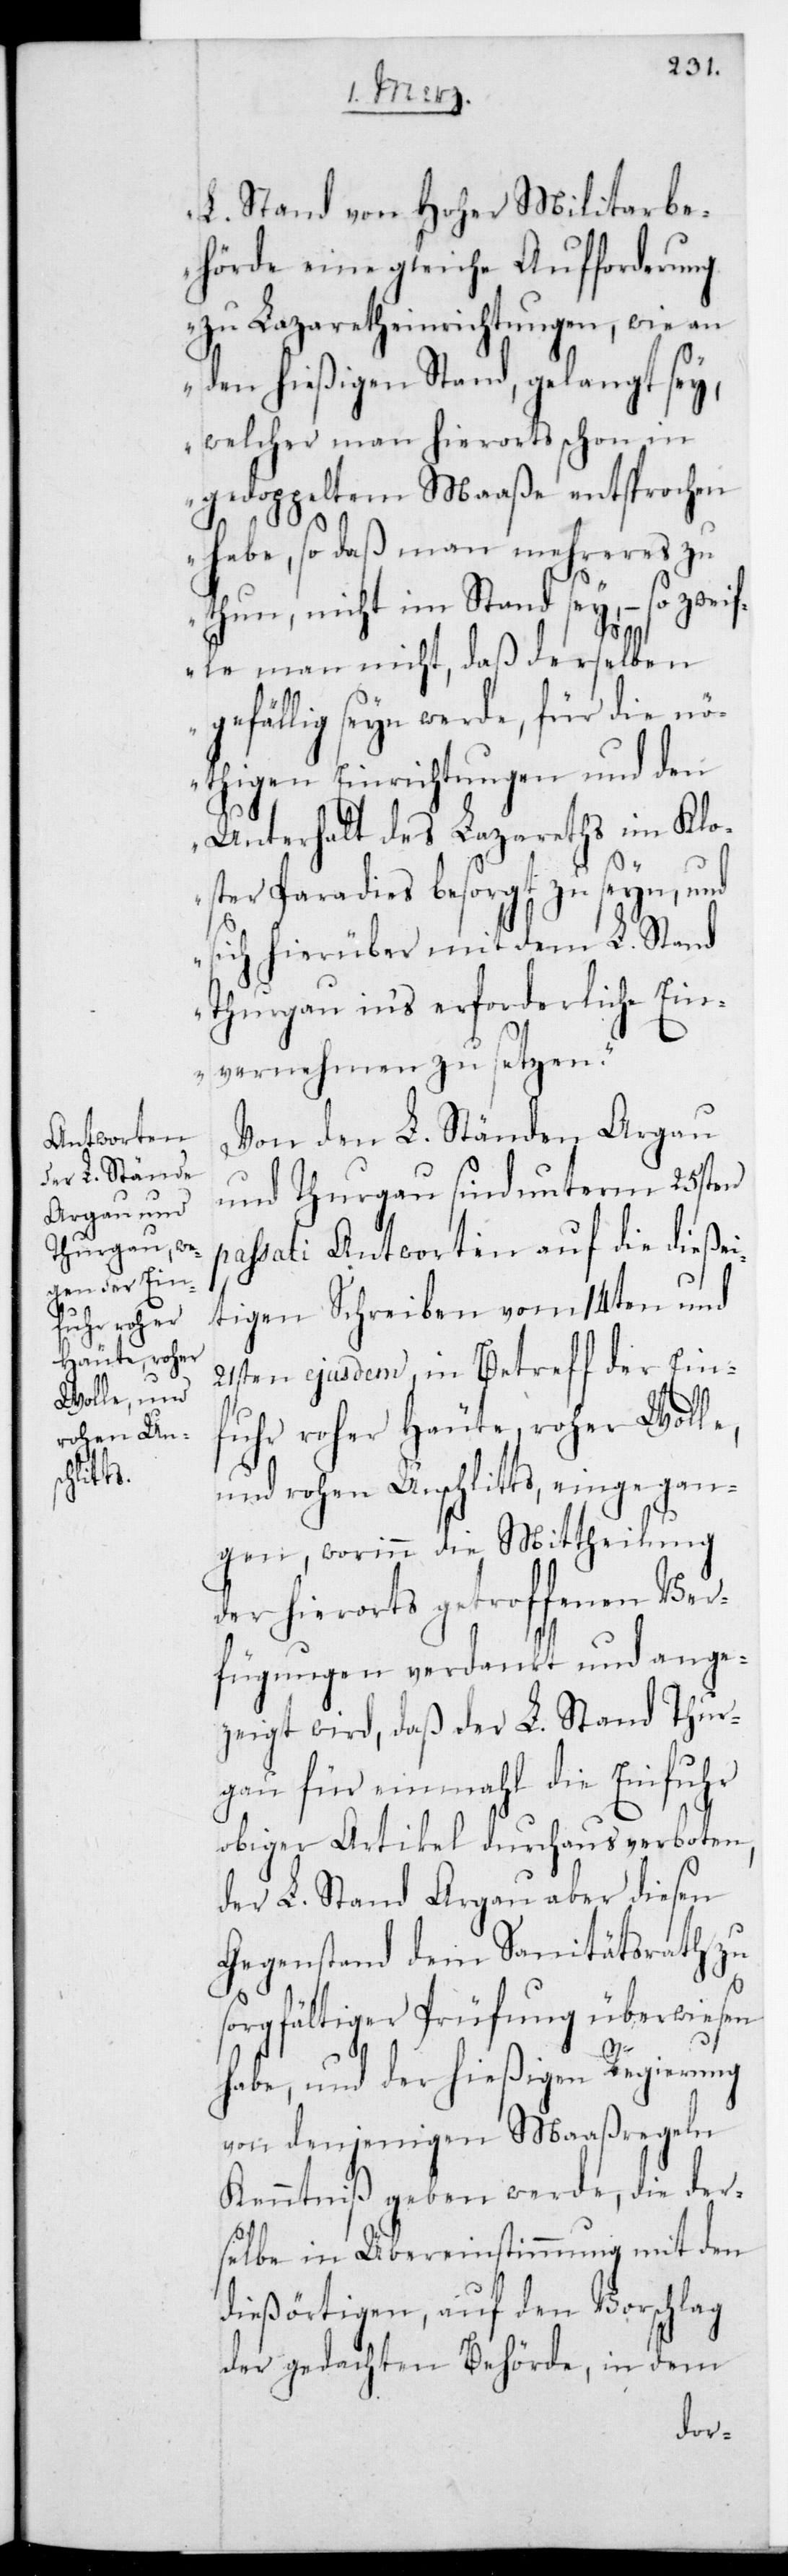
L. Stand von Hoher Militairbe¬
hörde eine gleiche Aufforderung
zu Lazareth-Einrichtungen, wie an
den hießigen Stand gelangt sey,
welcher man hierorts schon in
gedoppeltem Maaße entsprochen
habe, so daß man Mehreres zu
thun, nicht imstand sey, – so zwei¬
fle man nicht, daß derselben
gefällig sein werde, für die n¬
öthigen Einrichtungen und den
Unterhalt des Lazareths im Klo¬
ster Paradies besorgt zu seyn, und
sich hierüber mit dem L. Stand
Thurgau ins erforderliche Ein¬
vernehmen zu setzen“.
Von den L. Ständen Argau
und Thurgau sind unterm 25sten
passati Antworten auf die dießei¬
tigen Schreiben vom 14ten und
21sten ejusdem, in Betreff der Ein¬
fuhr roher Häute, roher Wolle
und rohen Unschlitts, eingegan¬
gen, worinn die Mittheilung
der hierorts getroffenen Ver¬
fügungen verdankt und ange¬
zeigt wird, daß der L. Stand Thur¬
gau für einmal die Einfuhr
obiger Artikel durchaus verboten,
der L. Stand Argau aber diesen
Gegenstand dem Sanitätsrath zu
sorgfältiger Prüfung überwiesen
habe, und der hießigen Regierung
von denjenigen Maaßregeln
Kenntniß geben werde, die der¬
selbe in Übereinstimmung mit den
dießörtigen, auf den Vorschlag
der gedachten Behörde, in dem